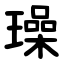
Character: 璪